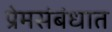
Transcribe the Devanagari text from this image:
प्रेमसंबंधात